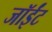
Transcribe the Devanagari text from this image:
जॉईंट